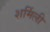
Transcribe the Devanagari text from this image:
शर्मिली